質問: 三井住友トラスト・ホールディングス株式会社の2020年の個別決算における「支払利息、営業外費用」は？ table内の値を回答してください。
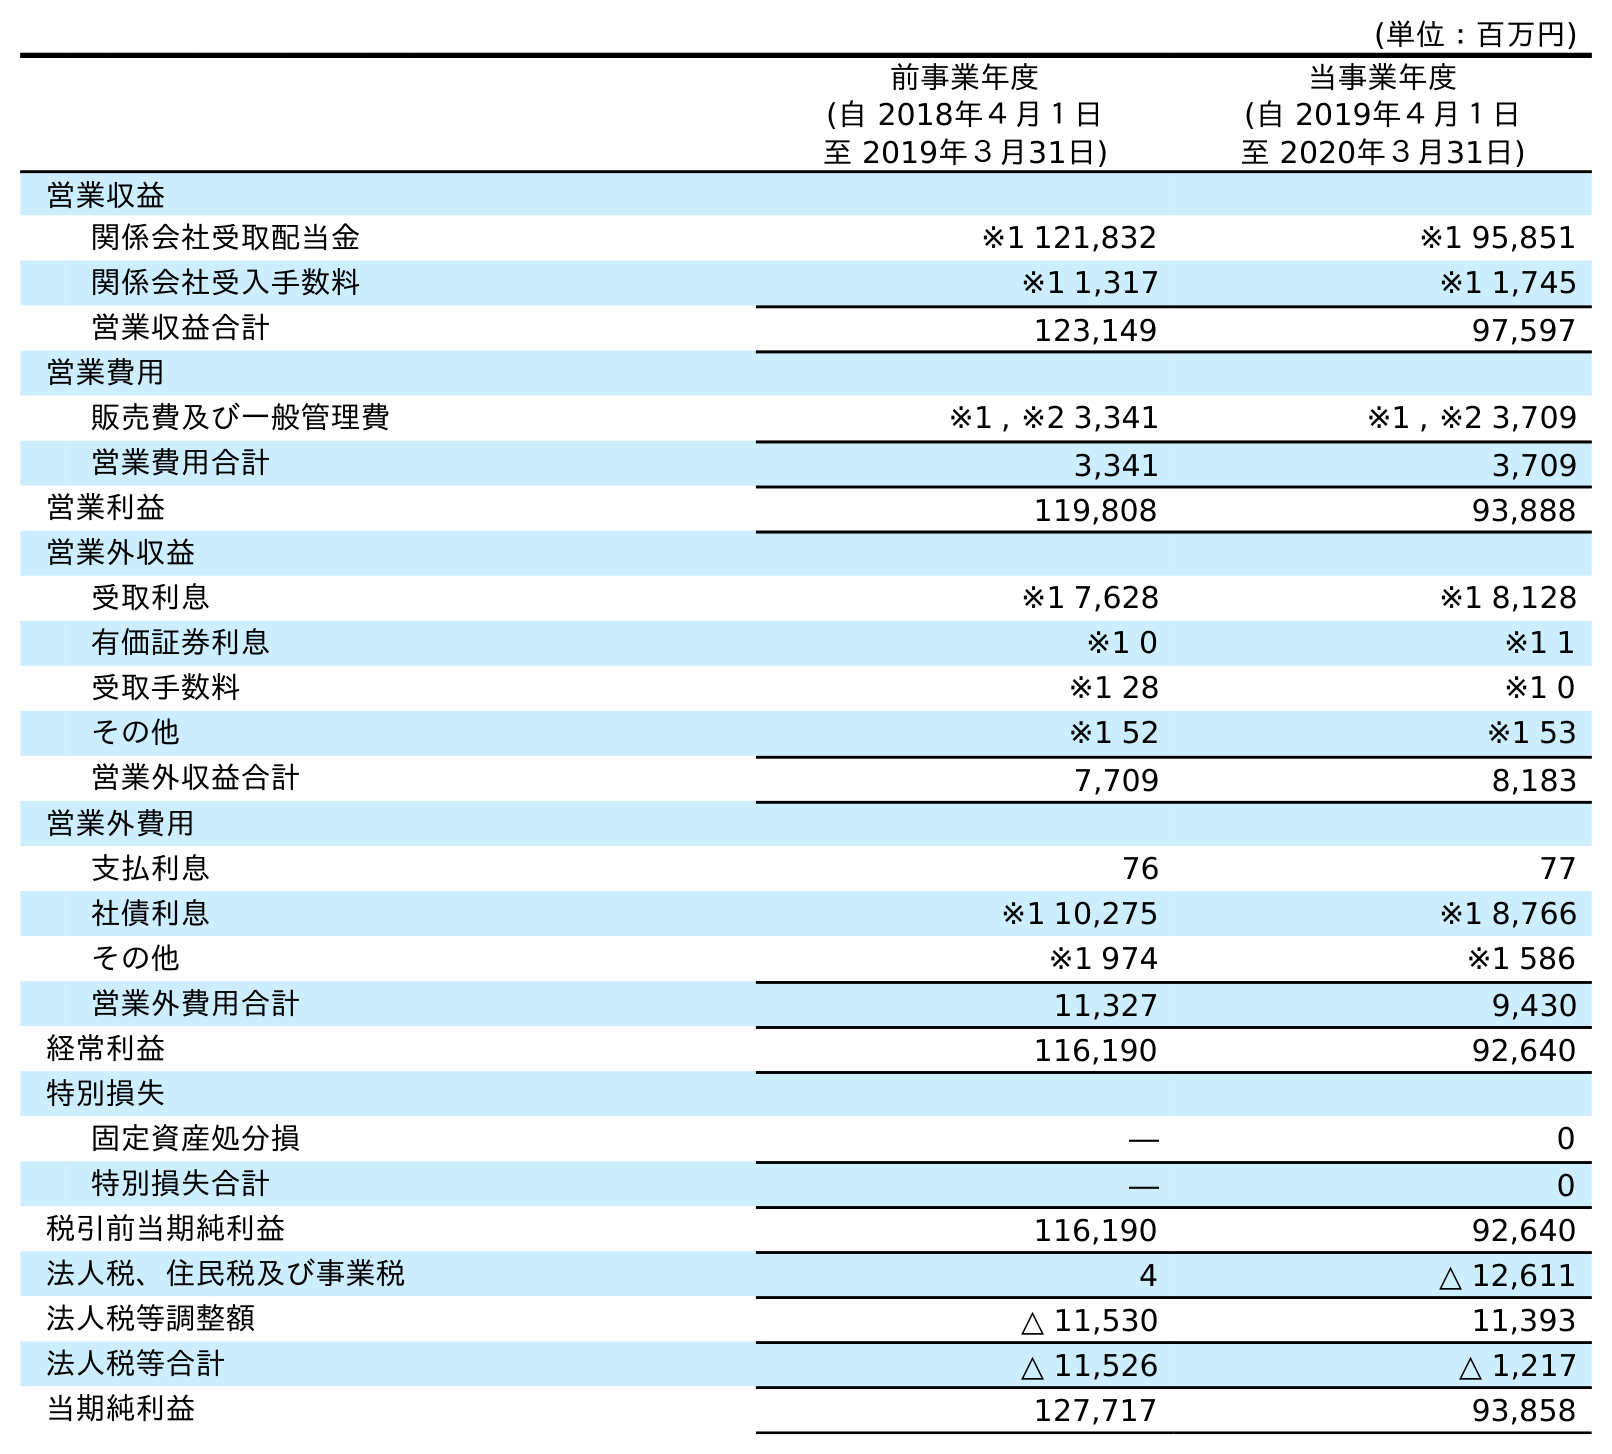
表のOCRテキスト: (単位：百万円) 前事業年度 (自 2018年４月１日 至 2019年３月31日) 当事業年度 (自 2019年４月１日 至 2020年３月31日) 営業収益 関係会社受取配当金 ※1 121,832 ※1 95,851 関係会社受入手数料 ※1 1,317 ※1 1,745 営業収益合計 123,149 97,597 営業費用 販売費及び一般管理費 ※1 , ※2 3,341 ※1 , ※2 3,709 営業費用合計 3,341 3,709 営業利益 119,808 93,888 営業外収益 受取利息 ※1 7,628 ※1 8,128 有価証券利息 ※1 0 ※1 1 受取手数料 ※1 28 ※1 0 その他 ※1 52 ※1 53 営業外収益合計 7,709 8,183 営業外費用 支払利息 76 77 社債利息 ※1 10,275 ※1 8,766 その他 ※1 974 ※1 586 営業外費用合計 11,327 9,430 経常利益 116,190 92,640 特別損失 固定資産処分損 ― 0 特別損失合計 ― 0 税引前当期純利益 116,190 92,640 法人税、住民税及び事業税 4 △ 12,611 法人税等調整額 △ 11,530 11,393 法人税等合計 △ 11,526 △ 1,217 当期純利益 127,717 93,858
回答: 77